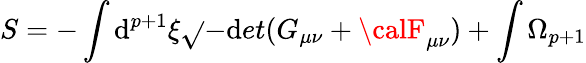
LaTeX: S=-\int\mathrm{d}^{p+1}\xi\sqrt{}{{-\mathrm{d}et(G_{\mu\nu}+{\calF}_{\mu\nu})}}+\int\Omega_{p+1}